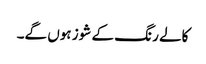
کالے رنگ کے شوز ہوں گے۔